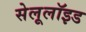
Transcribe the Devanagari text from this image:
सेलूलॉइड